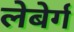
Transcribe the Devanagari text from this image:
लेबेर्ग